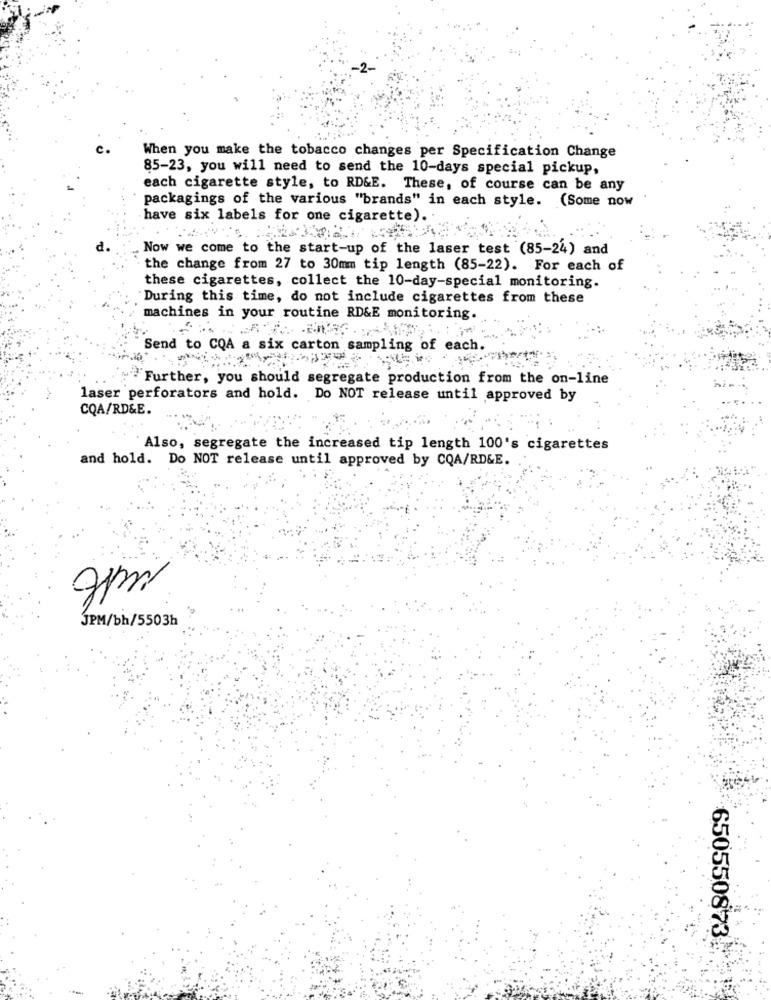
When you make the tobacco changes per Specification Change
85-23, you will need to send the 10-days special pickup,
each cigarette style, to RD&E. These, of course can be any
packagings of the various "brands" in each style. (Some now
have six labels for one cigarette).
Now we come to the start-up of the laser test (85-24) and
the change from 27 to 30mm tip length (85-22). For each of
these cigarettes, collect the 10-day-special monitoring.
During this time, do not include cigarettes from these
machines in your routine RD&E monitoring.
Send to CQA a six carton sampling of each.
Further, you should segregate production from the on-line
laser perforators and hold. Do NOT release until approved by
CQA/RD&E.
Also, segregate the increased tip length 100's cigarettes
and hold. Do NOT release until approved by CQA/RD&E.
JPM/bh/5503h
650550873